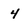
Character: 4